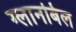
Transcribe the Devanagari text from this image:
ग्लानबिल